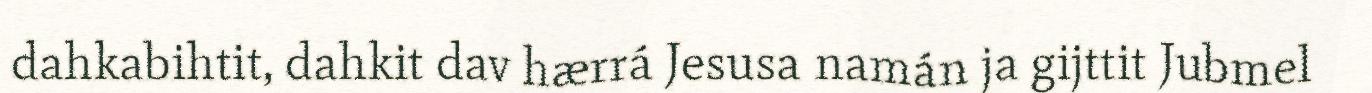
dahkabihtit, dahkit dav hærrá Jesusa namán ja gijttit Jubmel